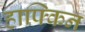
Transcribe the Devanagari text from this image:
हाफ्किन